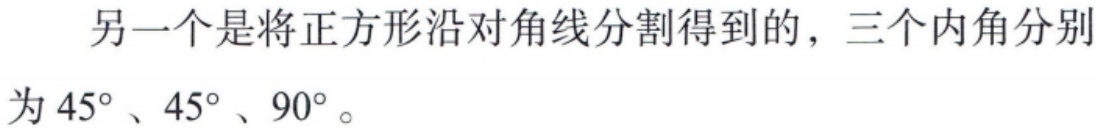
另一个是将正方形沿对角线分割得到的，三个内角分别为 \(45^{\circ}\)、\(45^{\circ}\)、\(90^{\circ}\)。